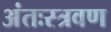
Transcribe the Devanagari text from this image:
अंतःस्त्रवण